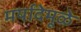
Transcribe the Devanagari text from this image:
मर्यादेमूळे